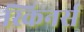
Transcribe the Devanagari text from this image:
स्किनर्स